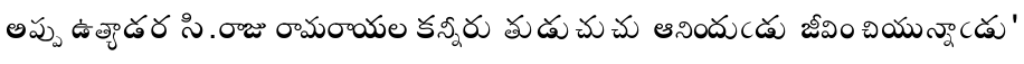
అప్పు ఉత్యాడర సి.రాజు రామరాయల కన్నీరు తుడుచుచు ఆనిందుఁడు జీవిం చియున్నాఁడు'